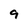
Character: 9